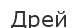
Дрей